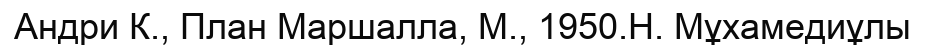
Андри К., План Маршалла, М., 1950.Н. Мұхамедиұлы